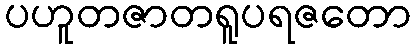
ပဟူတဇာတရူပရဇတော